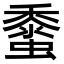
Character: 𧒁